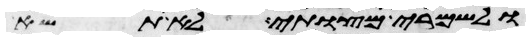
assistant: ולשמרי מצותי לא תשא